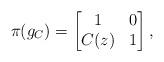
LaTeX: \begin{align*} \pi(g_{C})= \begin{bmatrix} 1 & 0\\ C(z) & 1 \end{bmatrix},\end{align*}